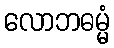
လောဘဓမ္မံ